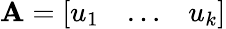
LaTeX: \mathbf{A}={\left[\begin{array}{lll}{u_{1}}&{\ldots}&{u_{k}}\end{array}\right]}